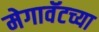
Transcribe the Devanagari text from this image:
मेगावॅटच्या